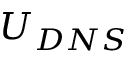
U _ { D N S }